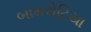
બામરોટિયા